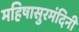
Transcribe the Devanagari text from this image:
महिषासुरमंदिनी